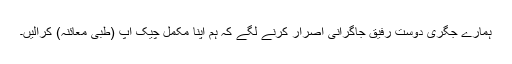
ہمارے جگری دوست رفیق جاگرانی اصرار کرنے لگے کہ ہم اپنا مکمل چیک اپ (طبی معائنہ) کرالیں۔